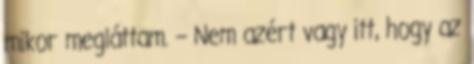
mikor megláttam. – Nem azért vagy itt, hogy az